Lunatic asylums Burma 1907-21 - 1907-1921
Year: 1907
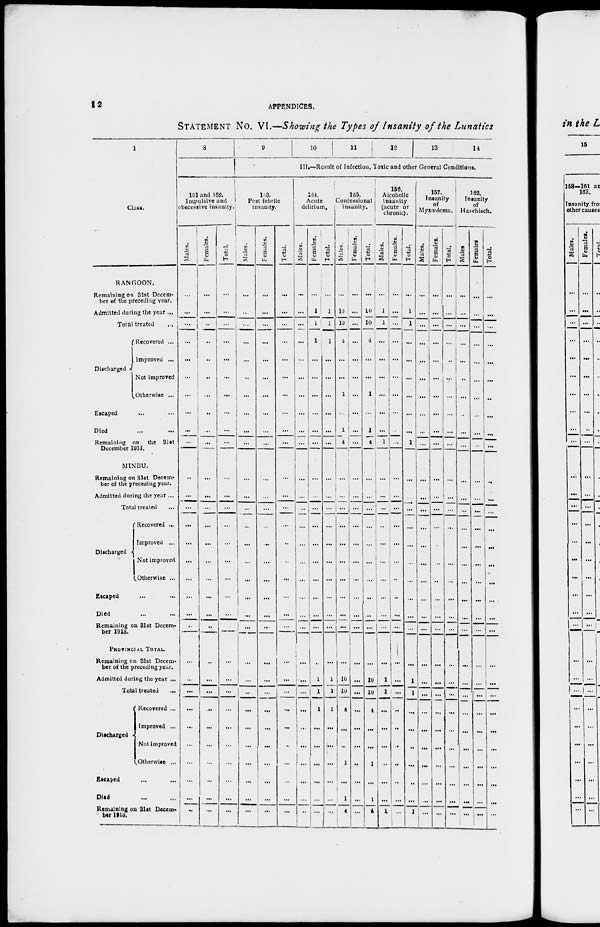
12
APPENDICES.
STATEMENT NO. VI.—Showing the Types of Insanity of the Lunatics
1
Class.
RANGOON.
Remaining on 31st Decem-
ber of the preceding year.
Admitted during the year ...
Total treated
...
Discharged .
Recovered ...
Improved ...
Not improved
Otherwise ...
Escaped ... ...
Died ... ...
Remaining on the 31st
December 1913.
MINBU.
Remaining on 31st Decem-
ber of the preceding year.
Admitted during the year ...
Total treated ...
Discharged
Recovered ...
Improved ...
Not improved
Otherwise ...
Escaped ... ...
Died ... ...
Remaining on 31st Decem-
ber 1913.
PROVINCIAL TOTAL.
Remaining on 31st Decem-
ber of the preceding year.
Admitted during the year ...
Total treated ...
Discharged
Recovered ...
Improved ...
Not improved
Otherwise ...
Escaped ... ...
Died ... ...
Remaining on 31st Decem-
ber 1913.
8
161 and 152.
Impulsive and
obscessive insanity.
Males.
...
...
...
...
...
...
...
...
...
...
...
...
...
...
...
...
...
...
...
...
...
...
...
...
...
...
...
...
...
...
Females.
...
...
...
...
...
...
...
...
...
...
...
...
...
...
...
...
...
...
...
...
...
...
...
...
...
...
...
...
...
...
Total.
...
...
...
...
...
...
...
...
...
...
...
...
...
...
...
...
...
...
...
...
...
...
...
...
...
...
...
...
...
...
9
10
11
12 13 14
III.—Result of Infection, Toxic and other General Conditions.
153.
Post febrile
insanity.
Males.
...
..
...
...
...
...
...
...
...
...
...
...
...
...
...
...
...
...
...
...
...
...
...
...
...
...
...
...
...
...
Females.
...
...
...
...
...
...
...
...
...
...
...
...
...
...
...
...
...
...
...
...
...
...
...
...
...
...
...
...
...
...
Total.
...
...
...
...
...
...
...
...
...
...
...
...
...
...
...
...
...
...
...
...
...
...
...
...
...
...
...
...
...
...
151.
Acute
delirium.
Males.
...
...
...
...
...
...
...
...
...
...
...
...
...
...
...
...
...
...
...
...
...
...
...
...
...
...
...
...
...
...
Females.
...
1
1
1
...
...
...
...
...
...
...
...
...
...
...
...
...
...
...
...
...
1
1
1
...
...
...
...
...
...
Total.
...
1
1
1
...
...
...
...
...
...
...
...
...
...
...
...
...
...
...
...
...
1
1
1
...
...
...
...
...
165.
Confessional
insanity.
Males.
...
10
10
4
...
...
1
...
1
4
...
...
...
...
...
...
...
...
...
...
...
10
10
4
...
...
1
...
1
4
Females.
...
...
...
...
...
...
...
...
...
...
...
...
...
...
...
...
...
...
...
...
...
...
...
...
...
...
...
...
...
...
Total.
...
10
10
4
...
...
1
...
1
4
...
...
...
....
...
...
...
...
...
...
...
10
10
4
...
...
1
...
1
4
156.
Alcoholic
insanity
(acute or
chronic).
Males.
...
1
1
...
...
...
...
...
...
1
...
...
...
...
...
...
...
...
...
...
...
1
1
...
...
...
..
...
...
1
Females.
...
...
...
...
...
...
...
...
...
...
...
...
...
...
...
...
...
...
...
...
...
...
...
...
...
...
...
...
...
...
Total.
...
1
1
...
...
...
...
...
...
1
...
...
...
...
...
...
...
...
...
...
...
1
1
...
...
..
...
..
...
1
157.
Insanity
of
Myxœdema.
Males.
...
...
...
...
...
...
...
...
...
...
...
...
...
...
...
...
...
...
...
...
...
...
...
...
...
...
...
...
...
...
Females.
...
...
...
...
...
...
...
...
...
...
...
...
...
...
...
...
...
...
...
...
...
...
...
...
...
...
...
...
...
...
Total.
...
...
...
...
...
...
...
...
...
...
...
...
...
...
...
...
...
...
...
...
...
...
...
...
...
...
...
...
...
...
162.
Insanity
of
Haschisch.
Males.
...
...
...
...
...
..
...
...
...
...
...
...
...
...
...
...
...
...
...
...
...
...
...
...
...
...
...
...
...
...
Females.
...
...
...
...
...
...
...
...
...
...
...
...
...
...
...
...
...
...
...
...
...
...
...
...
...
...
...
...
...
...
Total.
...
...
...
...
...
...
...
...
...
...
...
...
...
...
...
...
...
. ..
...
...
...
...
...
...
...
...
...
...
...
...